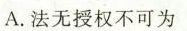
A.法无授权不可为